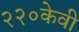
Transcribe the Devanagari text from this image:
२२०केवी